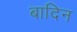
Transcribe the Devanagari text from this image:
बादिन